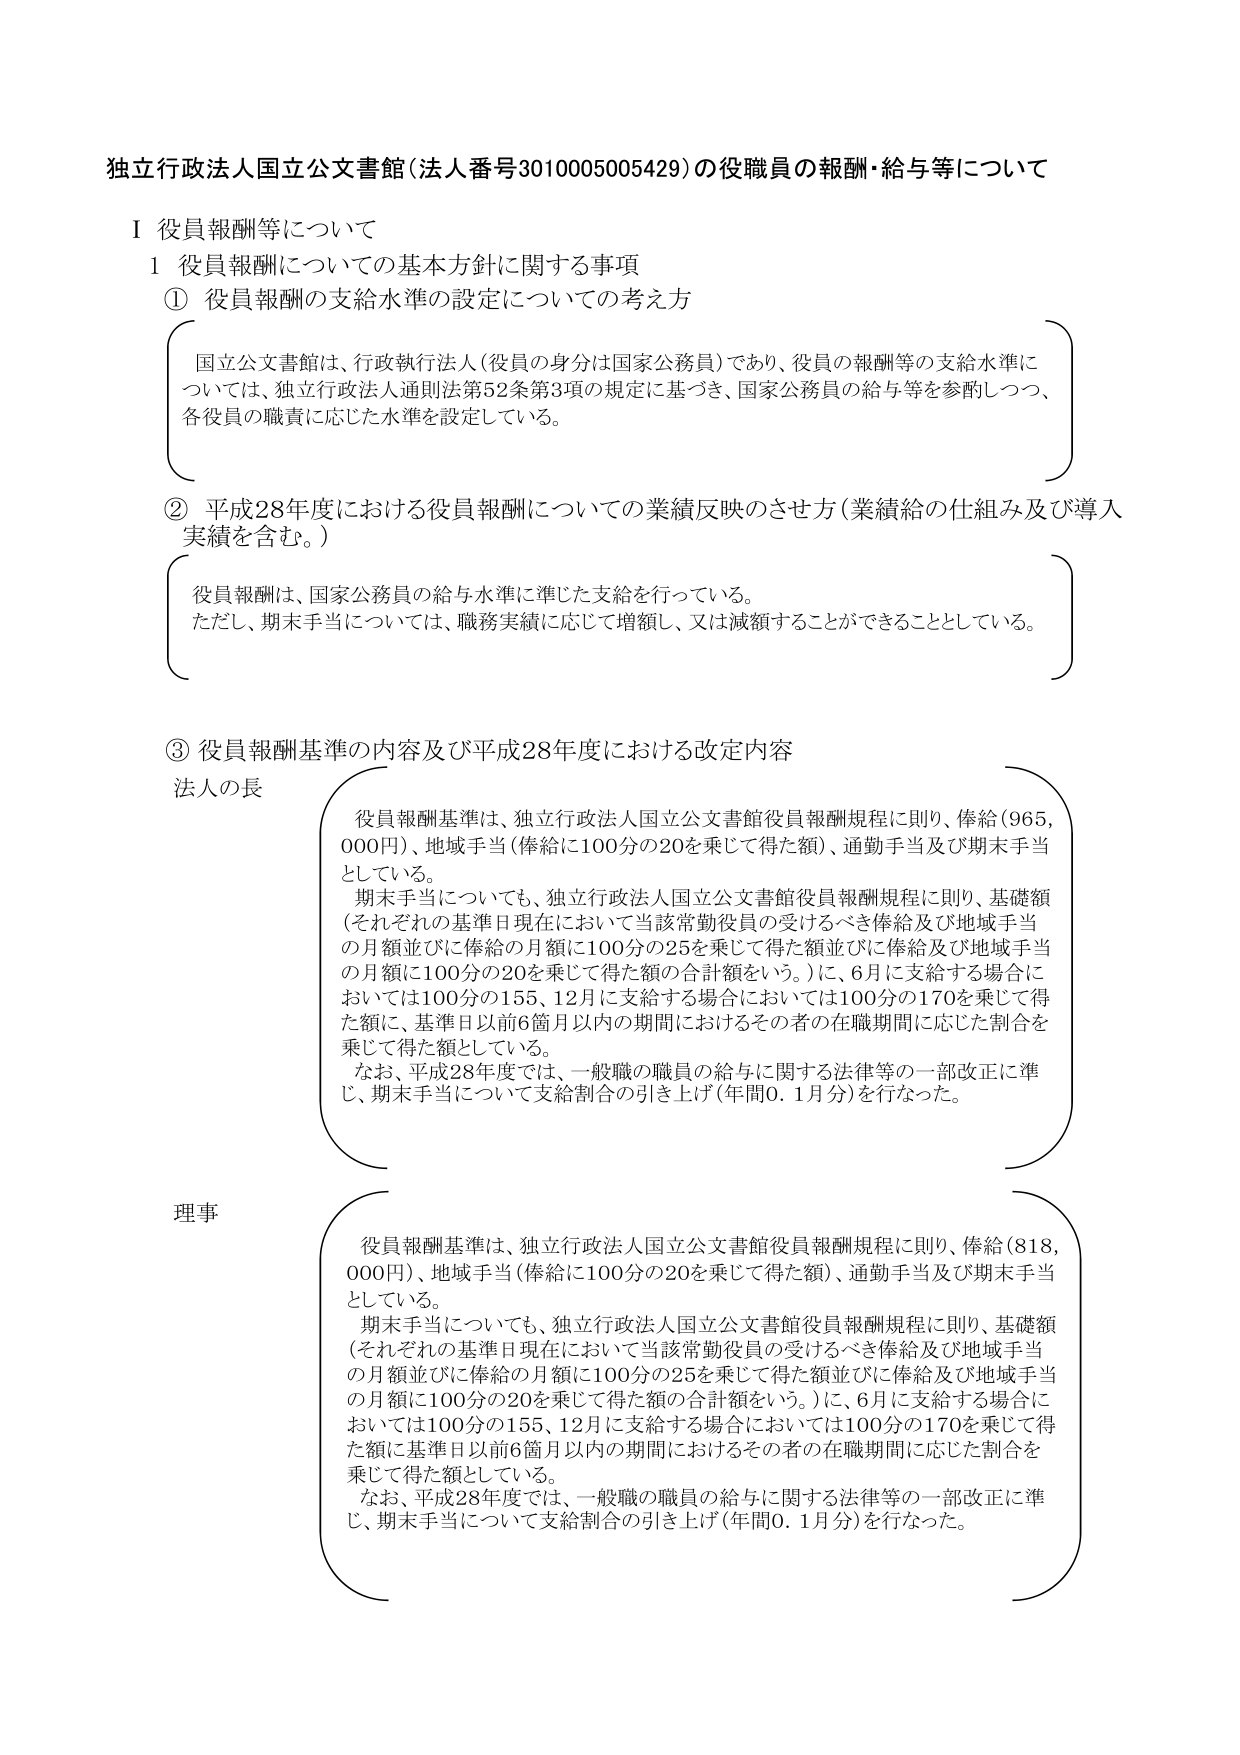
独立行政法人国立公文書館（法人番号3010005005429）の役職員の報酬・給与等について

Ⅰ 役員報酬等について

1 役員報酬についての基本方針に関する事項

① 役員報酬の支給水準の設定についての考え方

国立公文書館は、行政執行法人（役員の身分は国家公務員）であり、役員の報酬等の支給水準については、独立行政法人通則法第52条第3項の規定に基づき、国家公務員の給与等を参酌しつつ、各役員の職責に応じた水準を設定している。

② 平成28年度における役員報酬についての業績反映のさせ方（業績給の仕組み及び導入実績を含む。）

役員報酬は、国家公務員の給与水準に準じた支給を行っている。
ただし、期末手当については、職務実績に応じて増額し、又は減額することができるとしている。

③ 役員報酬基準の内容及び平成28年度における改定内容

法人の長

役員報酬基準は、独立行政法人国立公文書館役員報酬規程に則り、俸給（965,000円）、地域手当（俸給に100分の20を乗じて得た額）、通勤手当及び期末手当としている。
期末手当についても、独立行政法人国立公文書館役員報酬規程に則り、基礎額（それぞれの基準日現在において当該常勤役員の受けるべき俸給及び地域手当の月額並びに俸給の月額に100分の25を乗じて得た額並びに俸給及び地域手当の月額に100分の20を乗じて得た額の合計額をいう。）に、6月に支給する場合においては100分の155、12月に支給する場合においては100分の170を乗じて得た額に、基準日以前6箇月以内の期間におけるその者の在職期間に応じた割合を乗じて得た額としている。
なお、平成28年度では、一般職の職員の給与に関する法律等の一部改正に準じ、期末手当について支給割合の引き上げ（年間0.1月分）を行なった。

理事

役員報酬基準は、独立行政法人国立公文書館役員報酬規程に則り、俸給（818,000円）、地域手当（俸給に100分の20を乗じて得た額）、通勤手当及び期末手当としている。
期末手当についても、独立行政法人国立公文書館役員報酬規程に則り、基礎額（それぞれの基準日現在において当該常勤役員の受けるべき俸給及び地域手当の月額並びに俸給の月額に100分の25を乗じて得た額並びに俸給及び地域手当の月額に100分の20を乗じて得た額の合計額をいう。）に、6月に支給する場合においては100分の155、12月に支給する場合においては100分の170を乗じて得た額に、基準日以前6箇月以内の期間におけるその者の在職期間に応じた割合を乗じて得た額としている。
なお、平成28年度では、一般職の職員の給与に関する法律等の一部改正に準じ、期末手当について支給割合の引き上げ（年間0.1月分）を行なった。